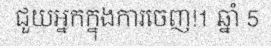
ជួយអ្នកក្នុងការចេញ!1 ឆ្នាំ 5